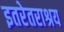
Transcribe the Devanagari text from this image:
इतरेतराश्रय